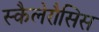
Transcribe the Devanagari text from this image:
स्कैलेरौसिस